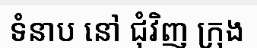
ទំនាប នៅ ជុំវិញ ក្រុង